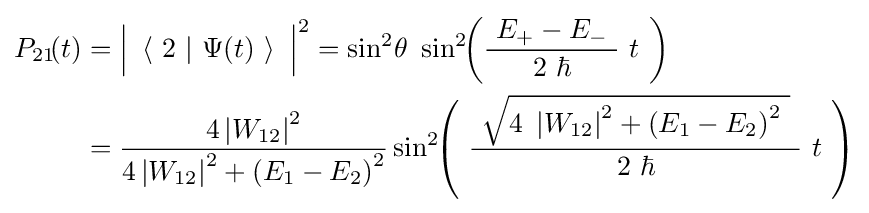
{\begin{aligned}P_{21}\!(t)&={\Bigl |}\ \left\langle \ 2\ |\ \Psi (t)\ \right\rangle \ {\Bigr |}^{2}=\sin ^{2}\!\theta \ \sin ^{2}\!\!\left({\frac {\ E_{+}-E_{-}\ }{\ 2\ \hbar \ }}\ t\ \right)\\&={\frac {4\left|W_{12}\right|^{2}}{4\left|W_{12}\right|^{2}+\left(E_{1}-E_{2}\right)^{2}}}\sin ^{2}\!\!\left(\ {\frac {\ {\sqrt {4\ \left|W_{12}\right|^{2}+\left(E_{1}-E_{2}\right)^{2}\ }}\ }{\ 2\ \hbar \ }}\ t\ \right)\\\end{aligned}}